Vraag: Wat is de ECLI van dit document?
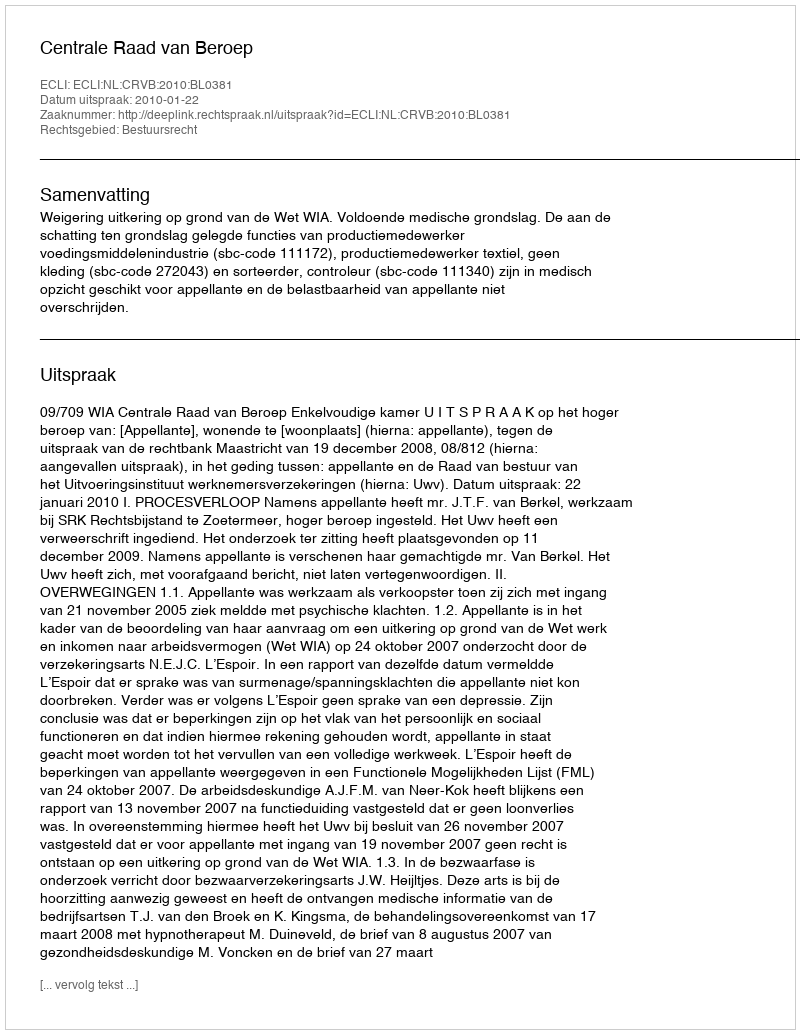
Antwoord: ECLI:NL:CRVB:2010:BL0381